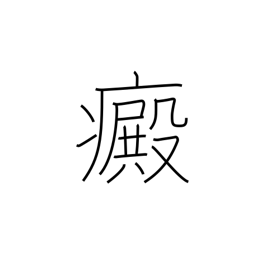
Meaning: leucoderma